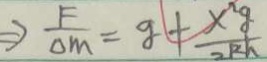
\Rightarrow \frac { F } { \Delta m } = g + \frac { x ^ { 2 } g } { 2 k h }